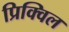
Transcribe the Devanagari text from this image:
प्रिक्विल